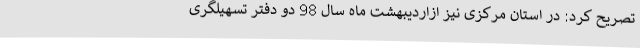
تصریح کرد: در استان مرکزی نیز ازاردیبهشت ماه سال 98 دو دفتر تسهیلگری